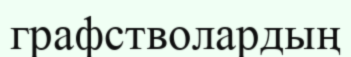
графстволардың